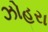
ઝોહરા